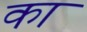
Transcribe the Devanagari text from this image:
का